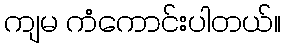
ကျမ ကံကောင်းပါတယ်။